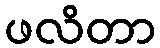
ဖလိတာ